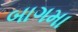
બાગમા